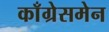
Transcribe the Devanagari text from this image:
काँग्रेसमेन